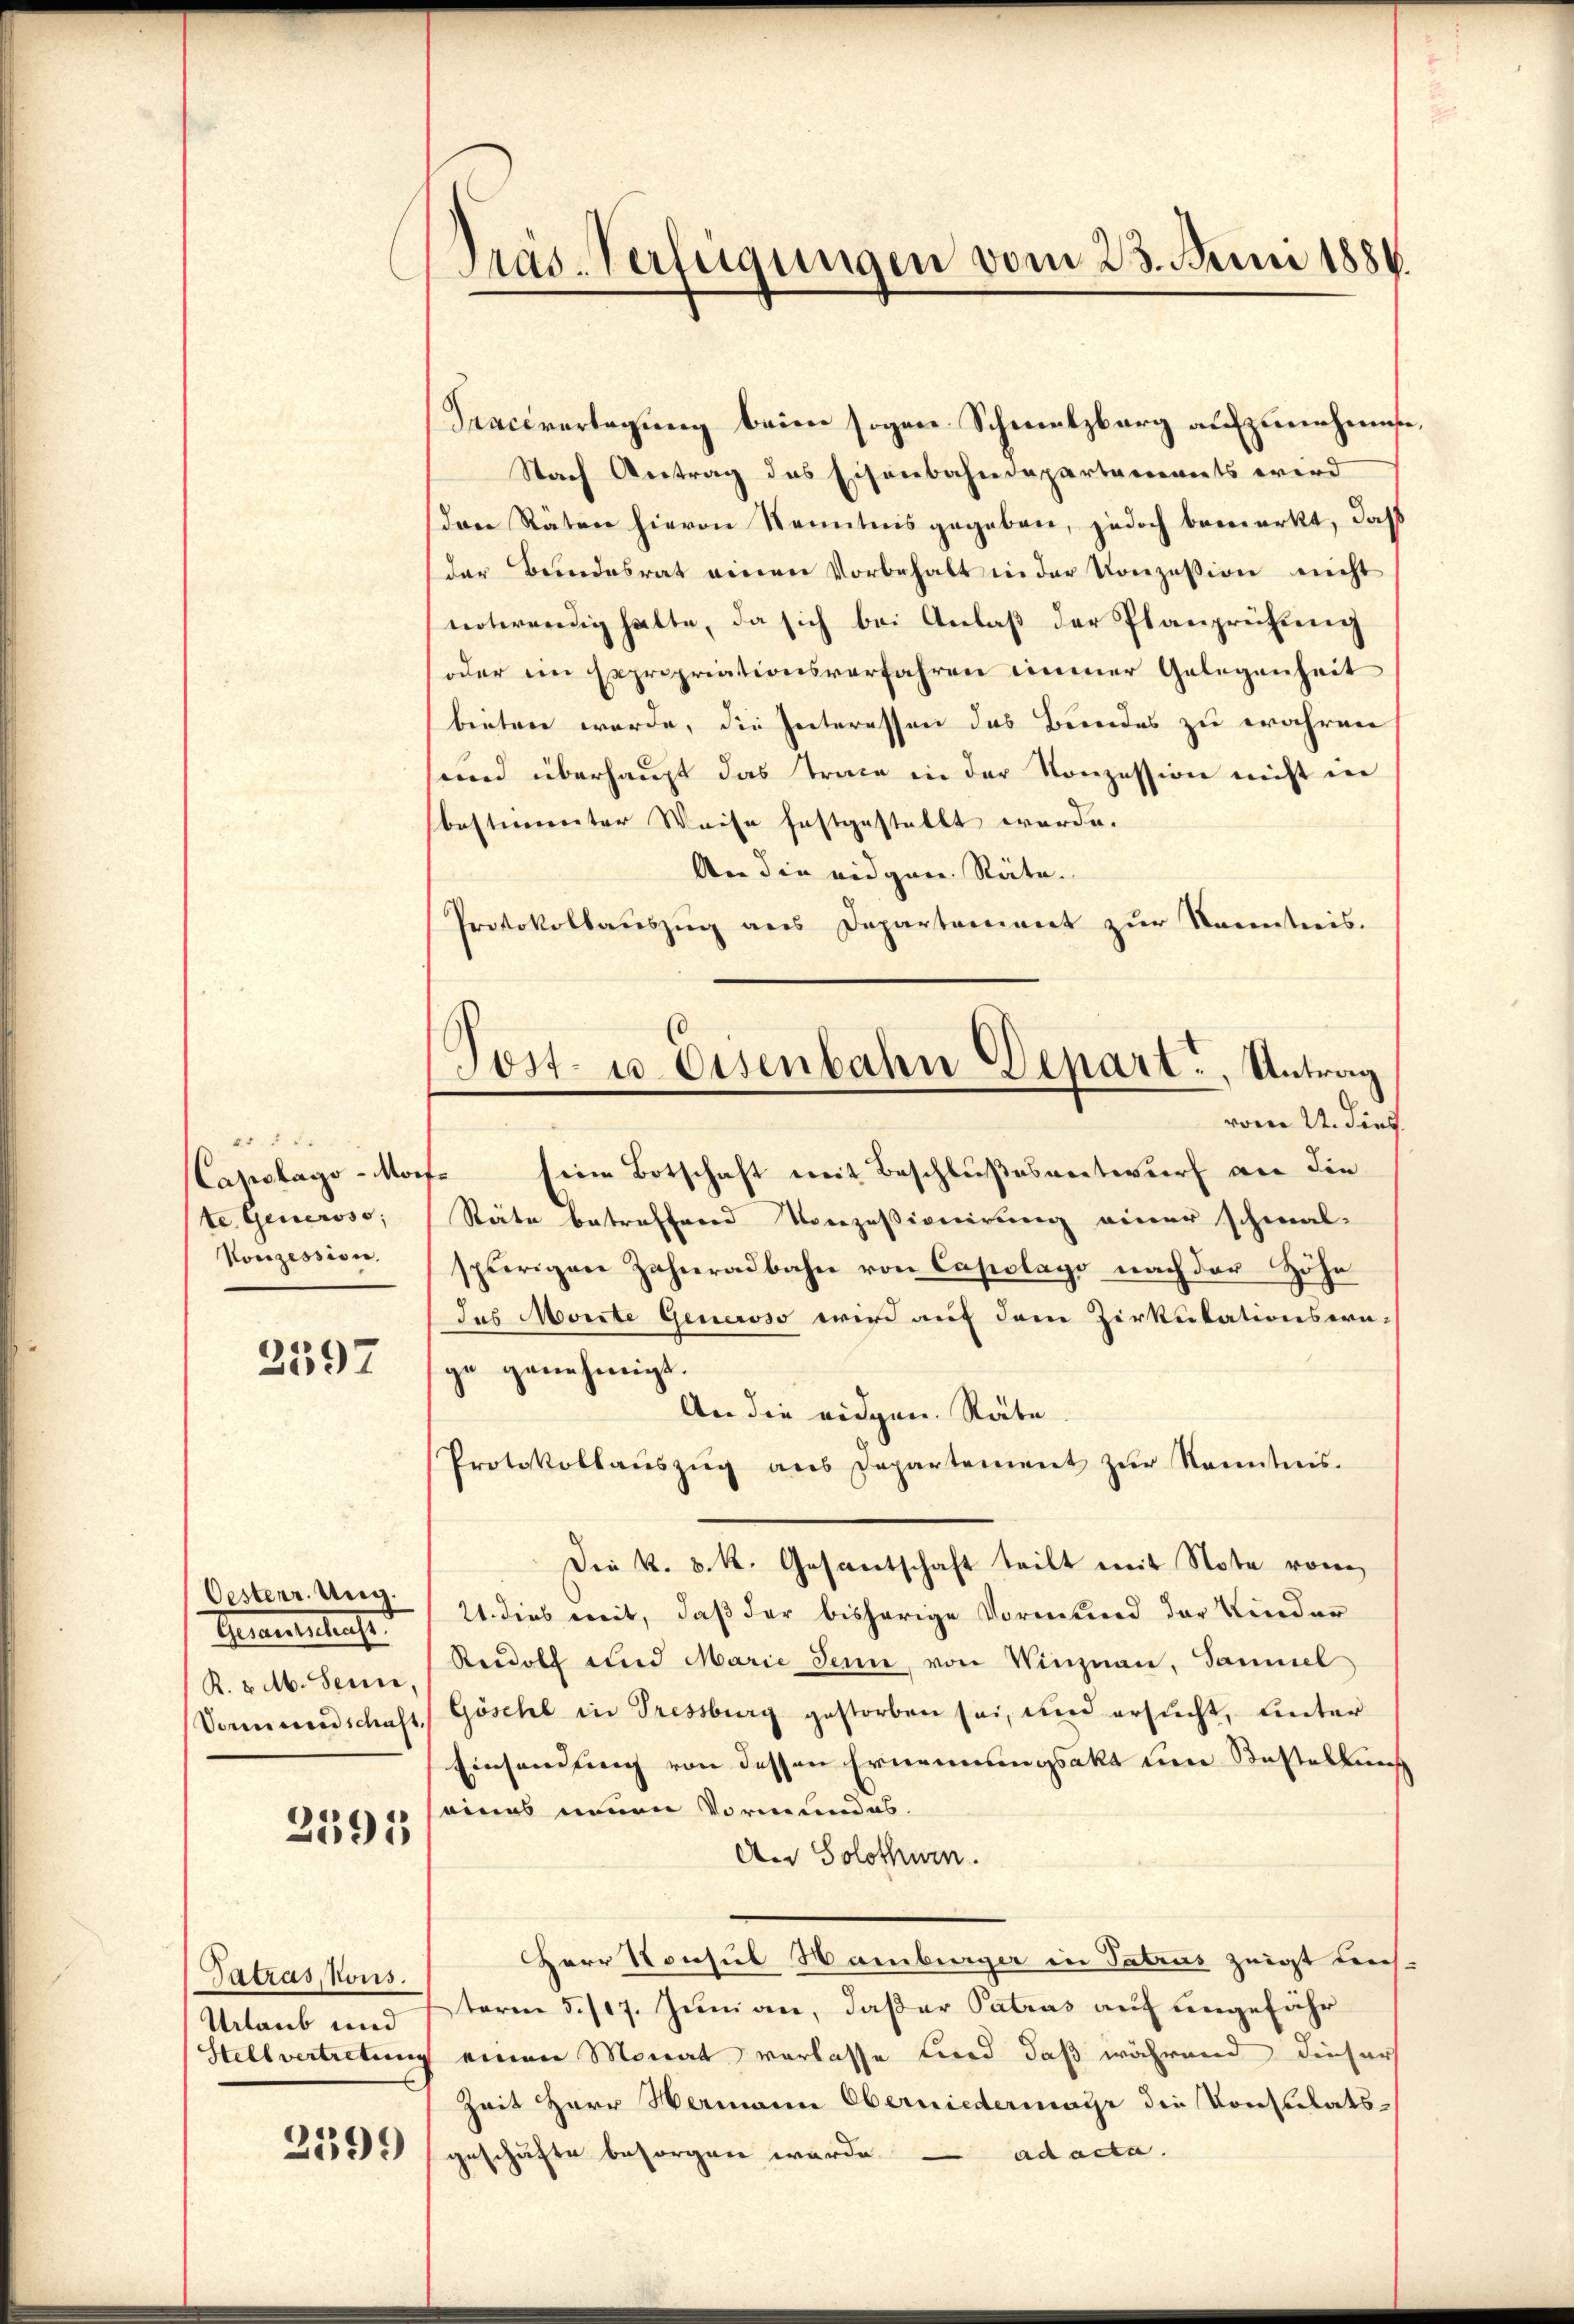
Capotago-Mor
te. Generoso;
Konzession.

2597

Oesterr. Ung.
Geentschause
R. v. M. Senne,
Vormundschaft,

2391

Tatras, Kons.
Urlaub und
Stellvertretung

2599

Pras-Verfügungen vom 23. Juni 1884.

Seaceverlegung beim sogen Schmelzberg aufzunehmise,
Nach Antrag des Eisenbahndepartements wird
dare Räten hievon Kenntnis gegeben, jedoch bemerkt, daß
der Bŭndesrat einen Vorbehalt in der Konzession nicht
notwendig hatte, da sich bei Anlaß der Planprüfung
oder ein Expropriationsverfahren immer Gelegenheit
bieten werde, die Interessen das Bundes zu wahren
und überhaupt das Trace in der Konzession nicht in
bestimmter Weise festgestellt werde.
An die eidgen. Räte.
Protokollauszug aus Departement zur Kenntnis.
vom 24. dies
" Eine Botschaft mit Beschlußesentwurf an die
Stäte betreffend Vorzessionirung einer schmal-
spurigen Zahnradbahn von Capolayo nach der Höhe
Jus Morste Generoso wird auf dem Zirkulationsera-
ge genehmigt.
An die eidgen. Stäte
Protokollaŭszŭg ans Departement zŭr Kenntnis.
Die k. k. k. Gesantschaft teilt mit Note vom
21. dies mit, daß der bisherige Vormund der Kinder
Rudolf und Marie Senn, von Winznau, Sammel
Göschl in Tressburg gestorben sei, und ersucht, unter
Einsendung von dessen Ernennungsakt um Kastellung
seines neuen Vormundes.
An Solothurn.
Herr Konsul Hamburger in Tatrus zeigt unsterm 5. 717. Juni an, daßer Patros auf ungefähr
einen Monat verlasse wird daß während dieser
Zeit Herr Hermann Oberniedermayr die Konsulatsgeschäfte besorgen würde. ad acta.

Post- u Eisenbahn Depart, Antrag